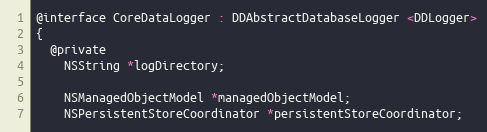
Language: C
@interface CoreDataLogger : DDAbstractDatabaseLogger <DDLogger>
{
  @private
    NSString *logDirectory;

    NSManagedObjectModel *managedObjectModel;
    NSPersistentStoreCoordinator *persistentStoreCoordinator;